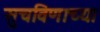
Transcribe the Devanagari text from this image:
सुचविणाच्या